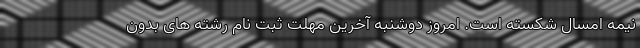
نیمه امسال شکسته است. امروز دوشنبه آخرین مهلت ثبت نام رشته های بدون